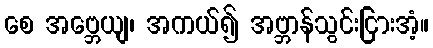
စေ အဗ္ဘေယျ၊ အကယ်၍ အဗ္ဘာန်သွင်းငြားအံ့။